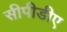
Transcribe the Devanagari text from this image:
सीपीडीए